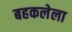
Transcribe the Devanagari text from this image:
बहकलेला